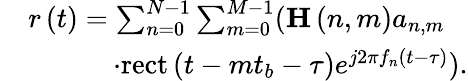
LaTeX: \begin{array}{rl}&{r\left(t\right)=\sum_{n=0}^{N-1}{\sum_{m=0}^{M-1}({{\mathbf{H}}\left({n,m}\right){a_{n,m}}}}}\\ &{\quad\quad\quad\cdot\mathrm{{rect}}\left({t-m{t_{b}}-\tau}\right){e^{j2\pi{f_{n}}\left({t-\tau}\right)}}).}\end{array}